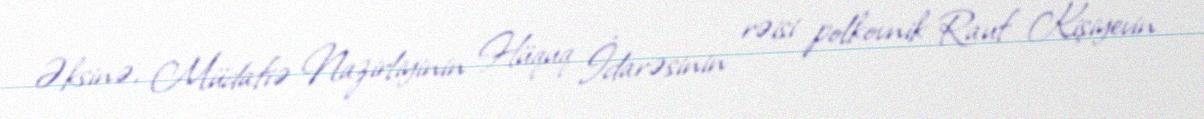
Əksinə, Müdafiə Nazirliyinin Hüquq İdarəsinin rəisi polkovnik Rauf Kişiyevin